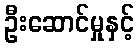
ဦးဆောင်မှုနှင့်